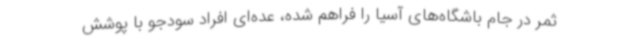
ثمر در جام باشگاه‌های آسیا را فراهم شده، عده‌ای افراد سودجو با پوشش